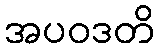
အပဝဒတိ